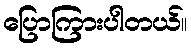
ပြောကြားပါတယ်။